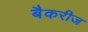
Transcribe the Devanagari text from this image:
बैकरीज